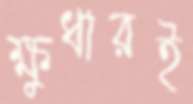
ক্ষুধারই